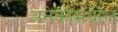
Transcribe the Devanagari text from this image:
अनेकांमधील